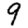
Digit: 9